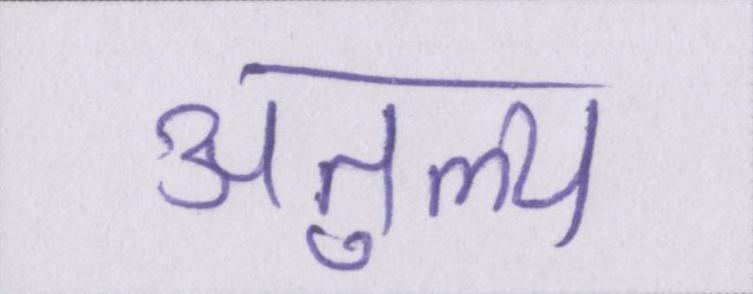
अतुल्य